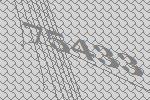
75433